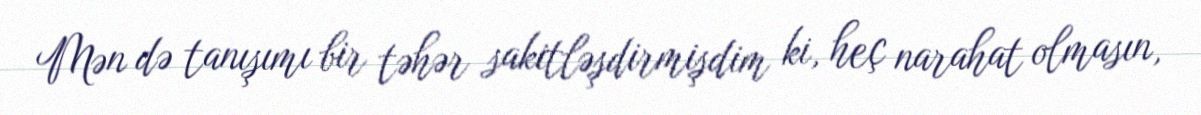
Mən də tanışımı bir təhər sakitləşdirmişdim ki, heç narahat olmasın,